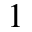
1